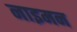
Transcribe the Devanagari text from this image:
नाइमन